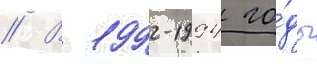
// В 1992-1994 го́ды